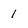
Character: 1